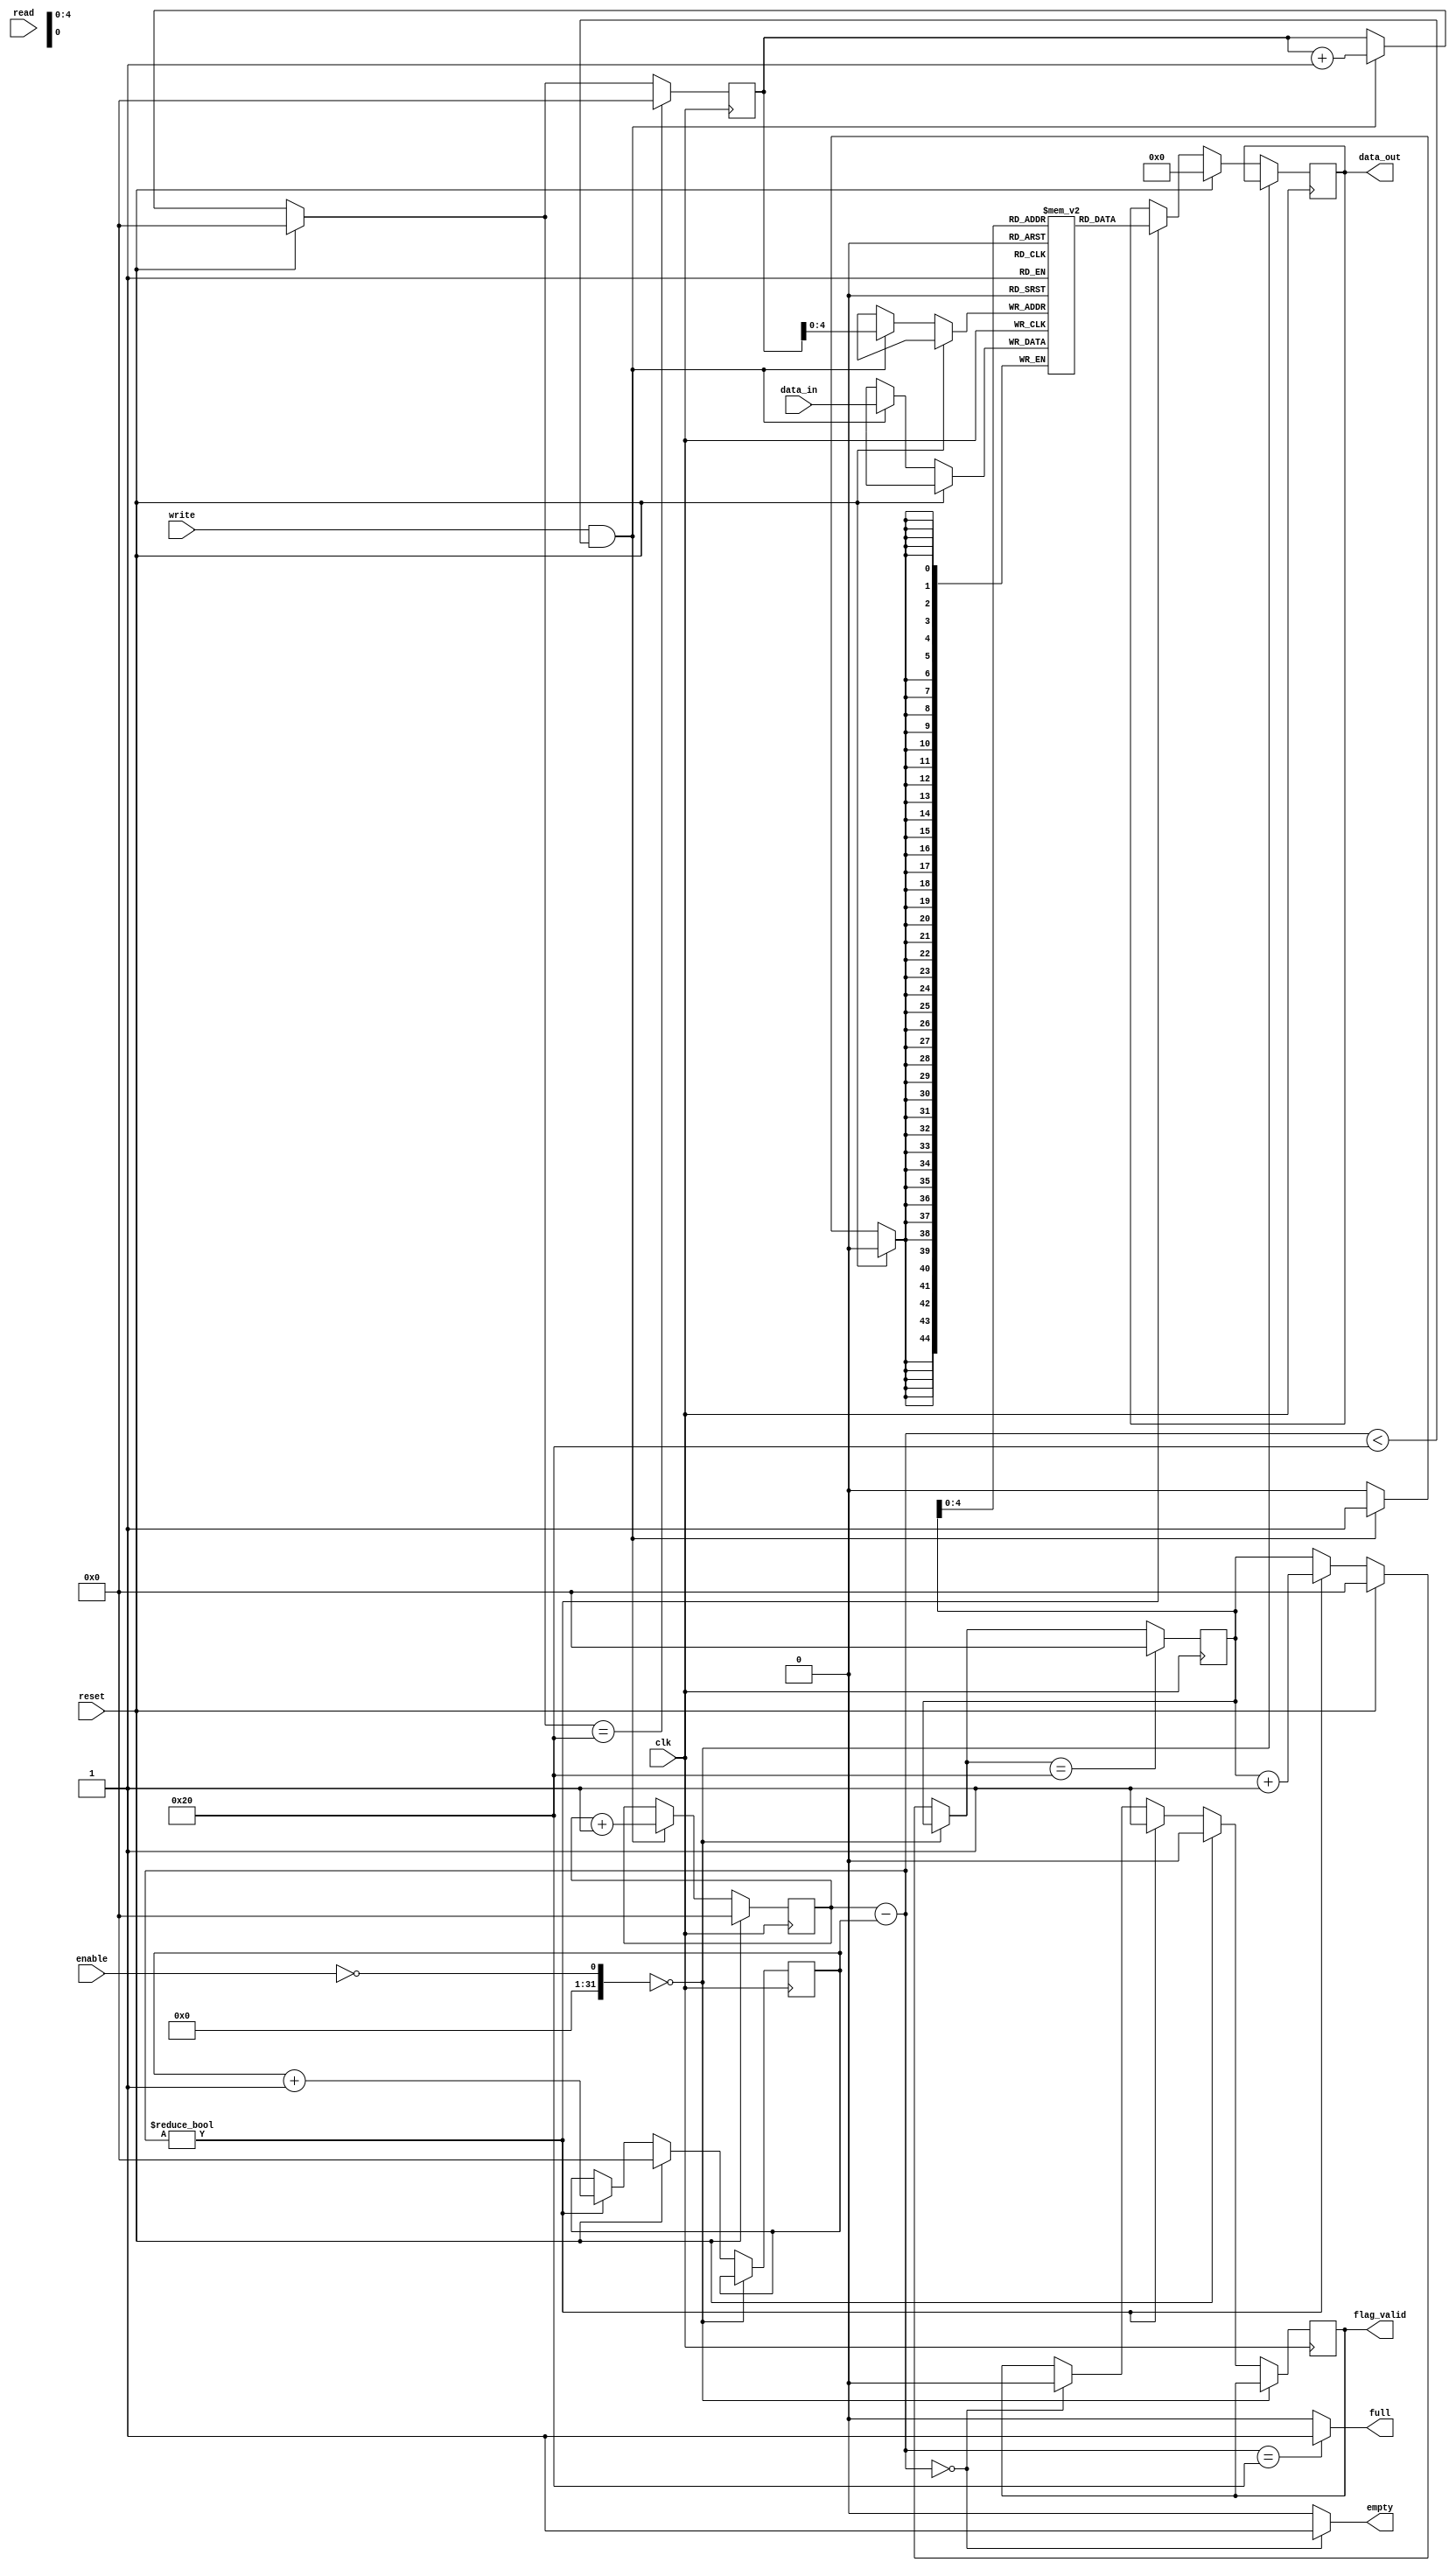
module fifo( clk, data_in,read,write,enable,data_out,reset,empty,full,flag_valid);
input  clk,read,write,enable,reset;
output  empty,full;
input   [44:0]    data_in;
output reg [44:0] data_out;
reg [7:0]  count_w = 0, count_r = 0;
reg signed [44:0] FIFO [0:31];
reg [7:0]  counter_read = 0, writeCounter = 0, Count;
assign empty = (Count==0)? 1'b1:1'b0;
assign full = (Count==32)? 1'b1:1'b0;
assign Count = count_w - count_r;
output reg flag_valid;


always @ (posedge clk)
begin
 if (!enable==0);
 else begin
  if (reset) begin
   flag_valid <= #1 0;
   counter_read = 0;
   data_out  <= #1 0;
   count_r = 0;
  end
  else if (Count!=0) begin
   flag_valid <= #1 1; 
   data_out  <= #1 FIFO[counter_read];
   counter_read = counter_read+1;
   count_r = count_r + 1;
  end
  else if (Count ==0) begin
    flag_valid <= #1 0;
  end
 end
 if (counter_read==32) begin
  counter_read=0;
  end
 else;
end
always @ (posedge clk)
begin
 if (0);
 else begin
  if (reset) begin
   writeCounter = 0;
   count_w = 0;
  end
  else if (write==1'b1 && Count<32) begin
   FIFO[writeCounter]  = data_in;
   writeCounter  = writeCounter+1;
   count_w = count_w + 1;
  end
  else;
 end
 if (writeCounter==32)
  writeCounter=0;
end

endmodule